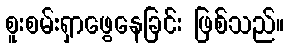
စူးစမ်းရှာဖွေနေခြင်း ဖြစ်သည်။